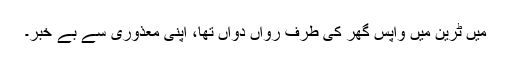
میں ٹرین میں واپس گھر کی طرف رواں دواں تھا، اپنی معذوری سے بے خبر۔